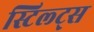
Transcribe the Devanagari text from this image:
स्टिल्ट्स